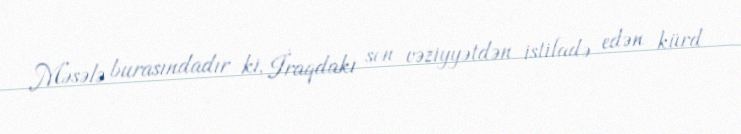
Məsələ burasındadır ki, İraqdakı son vəziyyətdən istifadə edən kürd